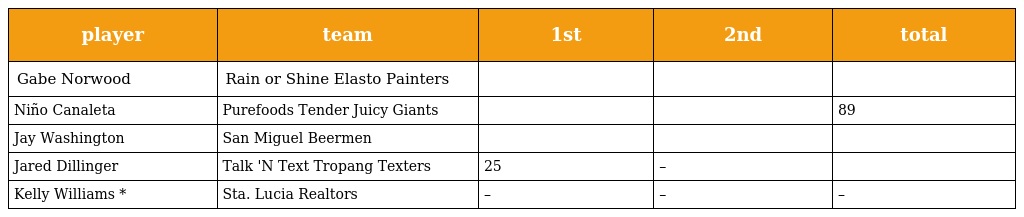
| player | team | 1st | 2nd | total |
 | --- | --- | --- | --- | --- |
 | Gabe Norwood | Rain or Shine Elasto Painters |  |  |  |
 | Niño Canaleta | Purefoods Tender Juicy Giants |  |  | 89 |
 | Jay Washington | San Miguel Beermen |  |  |  |
 | Jared Dillinger | Talk 'N Text Tropang Texters | 25 | – |  |
 | Kelly Williams * | Sta. Lucia Realtors | – | – | – |